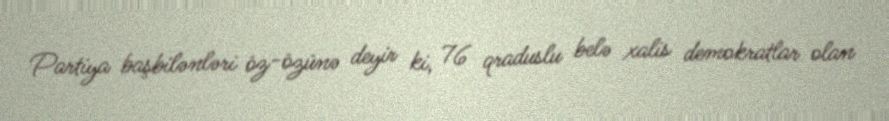
Partiya başbilənləri öz-özünə deyir ki, 76 qraduslu belə xalis demokratlar olan